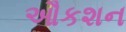
ઔકશન